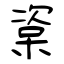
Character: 楶